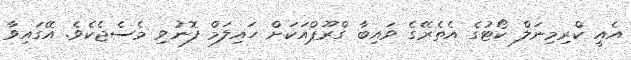
އެއީ ކްރިމިނަލް ކޯޓުގެ އެތެރޭގެ ވައިބާ ގްރޫޕްއަކަށް ހައިލަމް ފޮނުވި މެސެޖެކެވެ. އޭގައިވާ